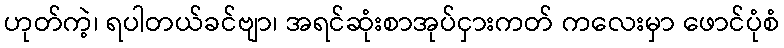
ဟုတ်ကဲ့၊ ရပါတယ်ခင်ဗျာ၊ အရင်ဆုံးစာအုပ်ငှားကတ် ကလေးမှာ ဖောင်ပုံစံ